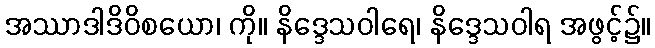
အဿာဒါဒိဝိစယော၊ ကို။ နိဒ္ဒေသဝါရေ၊ နိဒ္ဒေသဝါရ အဖွင့်၌။